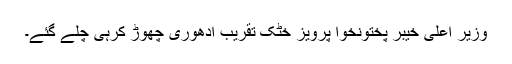
وزیر اعلیٰ خیبر پختونخوا پرویز خٹک تقریب ادھوری چھوڑ کرہی چلے گئے۔